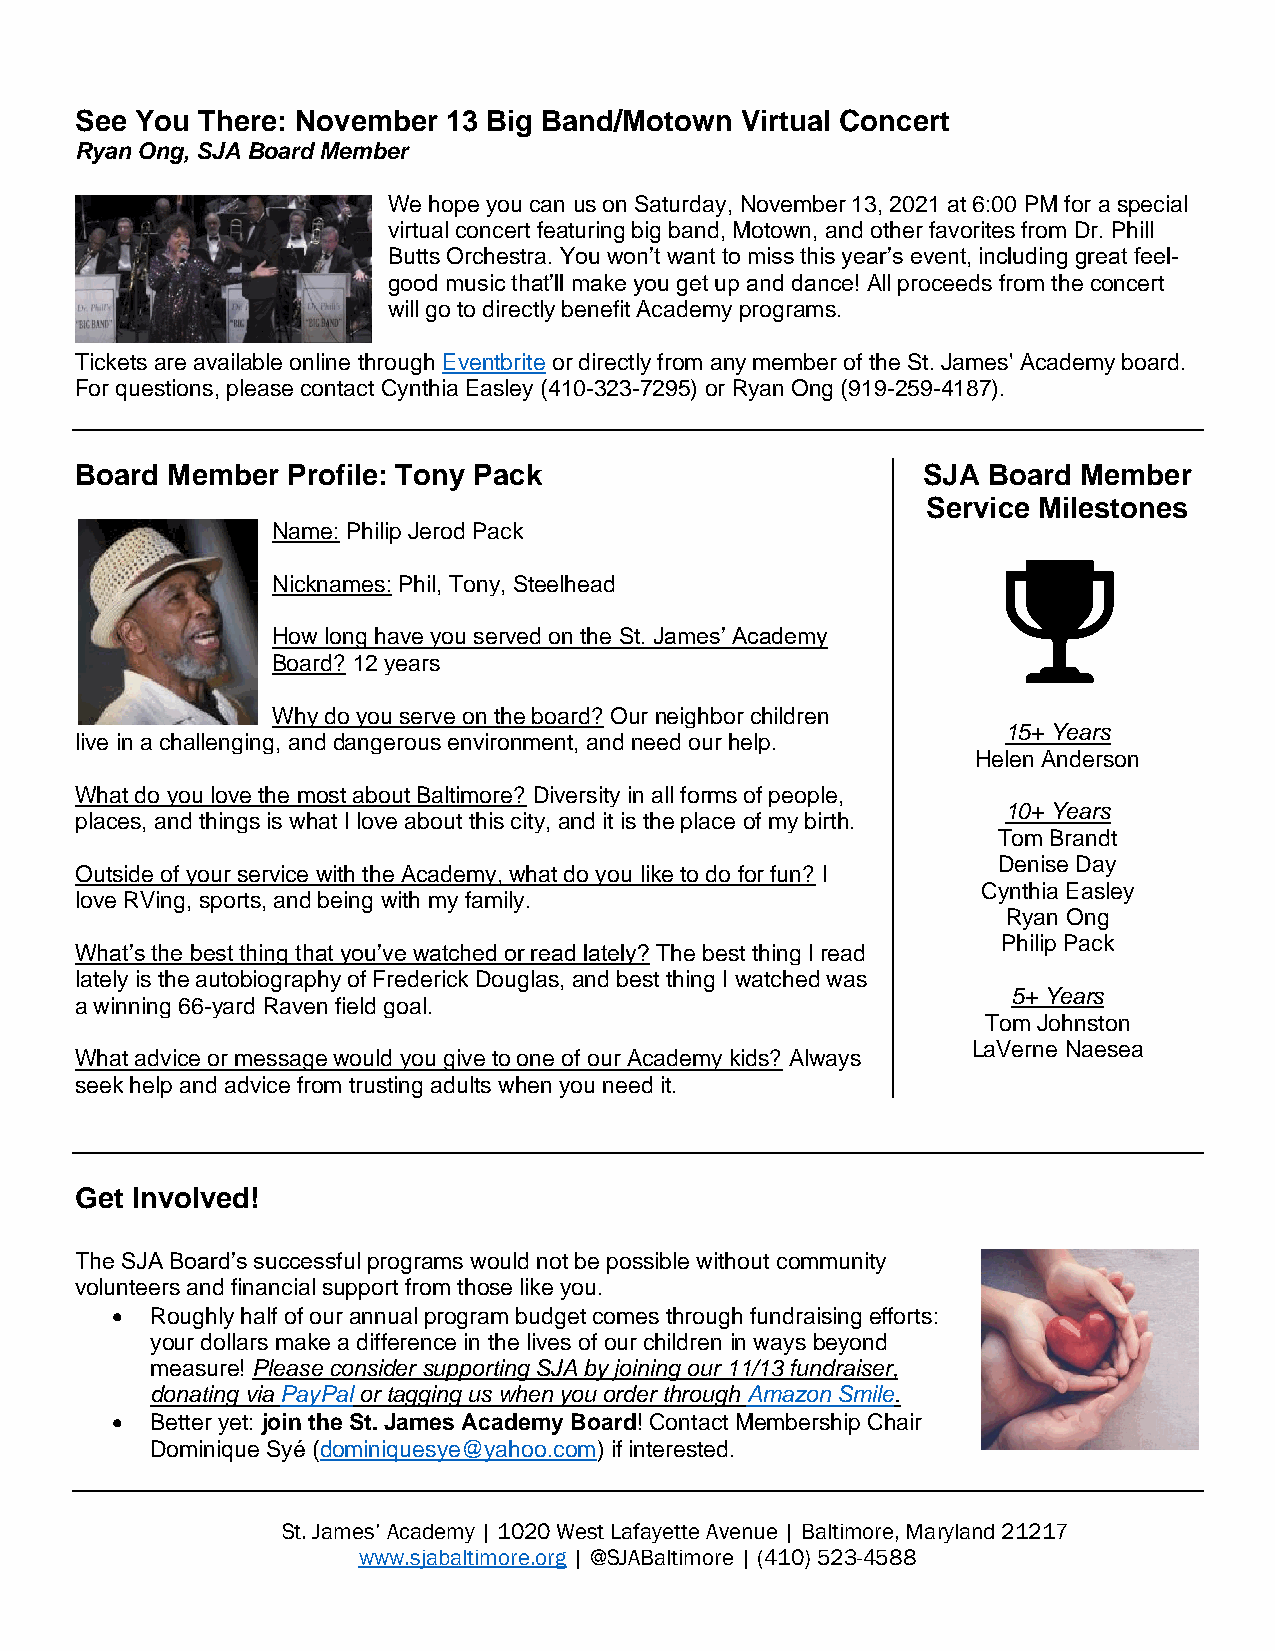
See You There: November  13 Big Band/Motown Virtual Concert
 Ryan Ong, SJA Board Member
 We hope you can us on Saturday, November 13, 2021 at 6:00 PM for a special
 virtual concert featuring big band, Motown, and other favorites from Dr. Phill
 Butts Orchestra. You won’t want to miss this year’s event, including great feel-
 good music that’ll make you get up and dance! All proceeds from the concert
 will go to directly benefit Academy programs.
 Tickets are available online through Eventbrite or directly from any member of the St. James' Academy board.
 For questions, please contact Cynthia Easley (410-323-7295) or Ryan Ong (919-259-4187).
 Board Member  Profile: Tony Pack                        SJA Board  Member
 Service Milestones
 Name: Philip Jerod Pack
 Nicknames: Phil, Tony, Steelhead
 How long have you served on the St. James’ Academy
 Board? 12 years
 Why do you serve on the board? Our neighbor children
 15+ Years
 live in a challenging, and dangerous environment, and need our help.
 Helen Anderson
 What do you love the most about Baltimore? Diversity in all forms of people,
 10+ Years
 places, and things is what I love about this city, and it is the place of my birth.
 Tom Brandt
 Denise Day
 Outside of your service with the Academy, what do you like to do for fun? I
 Cynthia Easley
 love RVing, sports, and being with my family.
 Ryan Ong
 Philip Pack
 What’s the best thing that you’ve watched or read lately? The best thing I read
 lately is the autobiography of Frederick Douglas, and best thing I watched was
 5+ Years
 a winning 66-yard Raven field goal.
 Tom Johnston
 LaVerne Naesea
 What advice or message would you give to one of our Academy kids? Always
 seek help and advice from trusting adults when you need it.
 Get Involved!
 The SJA Board’s successful programs would not be possible without community
 volunteers and financial support from those like you.
 •  Roughly half of our annual program budget comes through fundraising efforts:
 your dollars make a difference in the lives of our children in ways beyond
 measure! Please consider supporting SJA by joining our 11/13 fundraiser,
 donating via PayPal or tagging us when you order through Amazon Smile.
 •  Better yet: join the St. James Academy Board! Contact Membership Chair
 Dominique Syé (dominiquesye@yahoo.com) if interested.
 St. James’ Academy | 1020 West Lafayette Avenue | Baltimore, Maryland 21217
 www.sjabaltimore.org | @SJABaltimore | (410) 523-4588